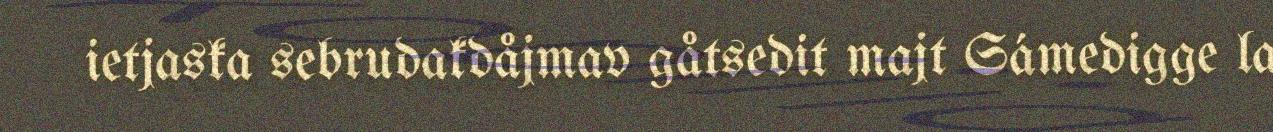
ietjaska sebrudakdåjmav gåtsedit majt Sámedigge la